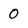
Character: 0